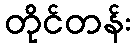
တိုင်တန်း